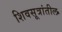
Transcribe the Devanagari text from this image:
शिवसूत्रांतील